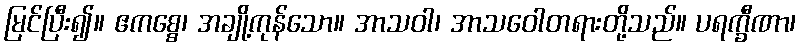
မြင်ပြီး၍။ ဧကစ္စေ၊ အချို့ကုန်သော။ အာသဝါ၊ အာသဝေါတရားတို့သည်။ ပရက္ခီဏာ၊